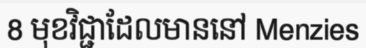
8 មុខវិជ្ជាដែលមាននៅ Menzies